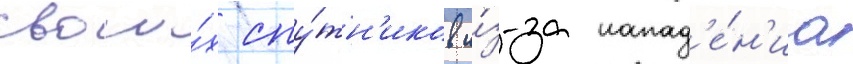
свои́х спу́тн'иков и́з-за напад'е́н'иа